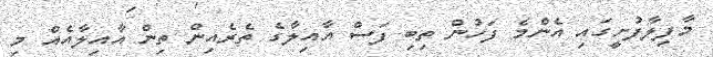
މާފިލާފުށީގައި އެންމެ ފަހުން ތިބި ފަސް އާއިލާގެ ތެރެއިން ތިން އާއިލާއެއް މި